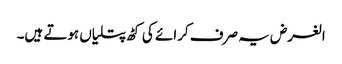
الغرض یہ صرف کرائے کی کٹھ پتلیاں ہوتے ہیں۔